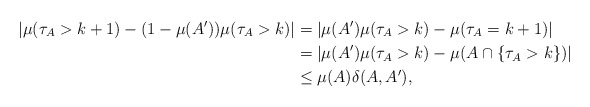
\begin{align*}\left|\mu(\tau_A>k+1)-(1-\mu(A'))\mu(\tau_A>k)\right|& =\left| \mu(A')\mu(\tau_A>k)-\mu(\tau_A=k+1)\right|\\& =\left|\mu(A')\mu(\tau_A>k)-\mu(A\cap\{\tau_A>k\})\right|\\&\le \mu(A)\delta(A, A'),\end{align*}